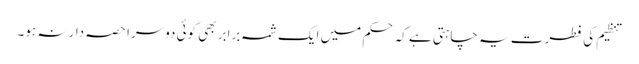
تنظیم کی فطرت یہ چاہتی ہے کہ حکم میں ایک شمہ برابر بھی کوئی دوسرا حصہ دار نہ ہو۔